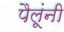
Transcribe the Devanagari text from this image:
पैलूंनी